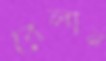
বেলান